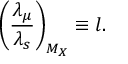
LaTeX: \left( \frac { \lambda _ { \mu } } { \lambda _ { s } } \right) _ { M _ { X } } \equiv l .